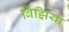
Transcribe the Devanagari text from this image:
बिंझिया